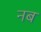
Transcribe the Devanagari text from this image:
नब